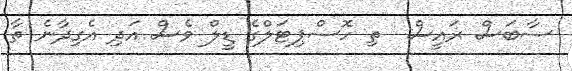
ސާބަސް ރައީސް  ތި ހޮސްޕިޓަލްގެ ޑީލް ވެސް އަދި އެގިދާނެ ތާ